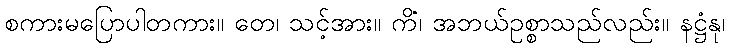
စကားမပြောပါတကား။ တေ၊ သင့်အား။ ကိံ၊ အဘယ်ဥစ္စာသည်လည်း။ နဋ္ဌံနု၊